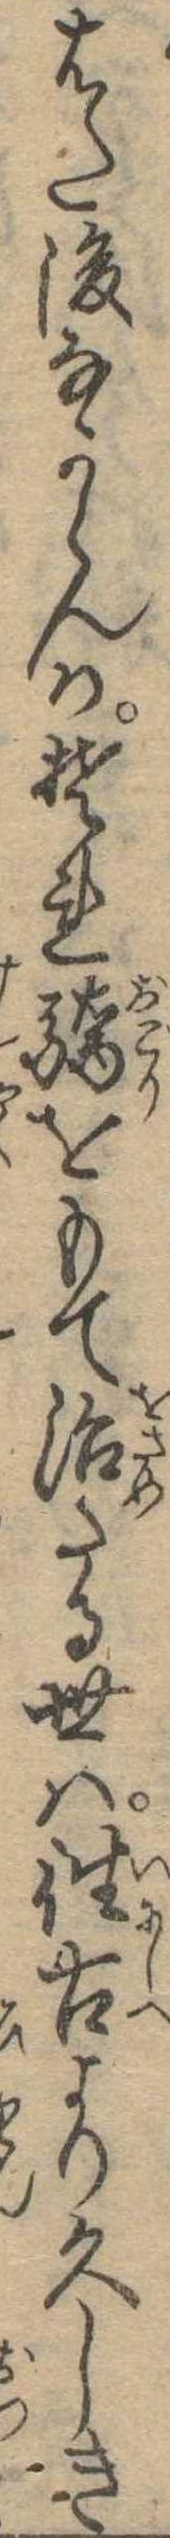
はた後なからんかそれ驕をもて治たる世は往古より久しき